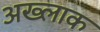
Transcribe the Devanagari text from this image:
अख्लाक